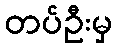
တပ်ဦးမှ